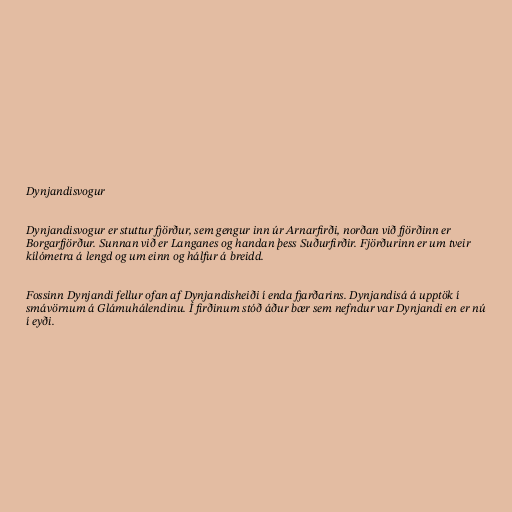
Dynjandisvogur

Dynjandisvogur er stuttur fjörður, sem gengur inn úr Arnarfirði, norðan við fjörðinn er
Borgarfjörður. Sunnan við er Langanes og handan þess Suðurfirðir. Fjörðurinn er um tveir
kílómetra á lengd og um einn og hálfur á breidd.

Fossinn Dynjandi fellur ofan af Dynjandisheiði í enda fjarðarins. Dynjandisá á upptök í
smávörnum á Glámuhálendinu. Í firðinum stóð áður bær sem nefndur var Dynjandi en er nú
í eyði.